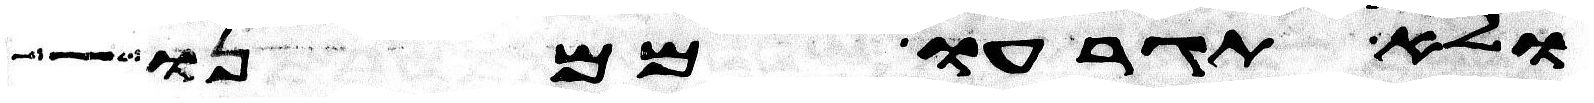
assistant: ולא תגרעו ממנו